Vaccination in Bombay 1924-1928 - 1924-1928
Year: 1924
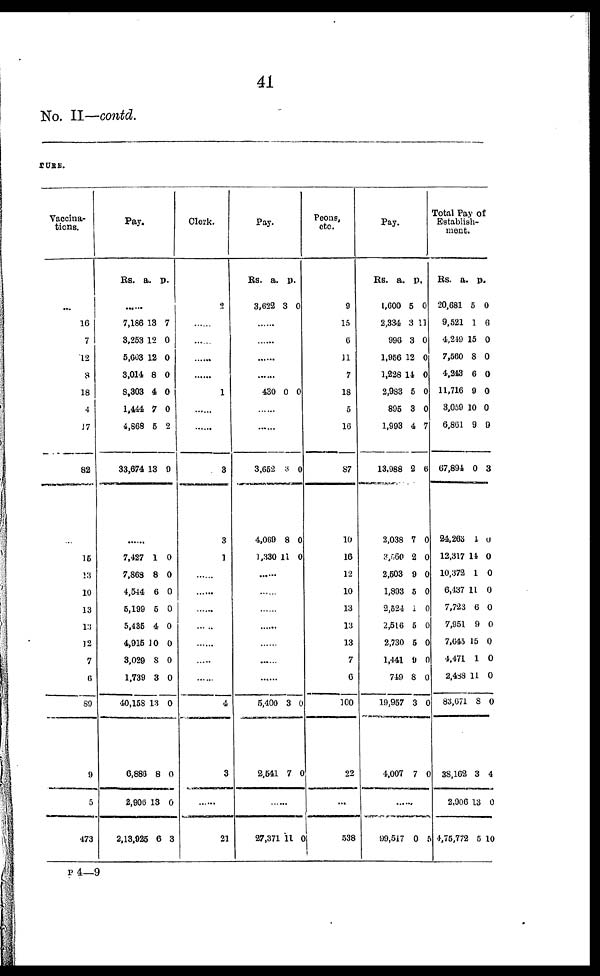
41
No. II—contd.
TURE.
Vaccina¬
tions.
...
16
7
12
8
18
4
17
82
......
16
13
10
13
13
12
7
6
89
9
5
473
Pay.
Rs.
a.
p.
......
7,186
3,253
5,603
3,014
8,303
1,444
4,868
33,674
13
12
12
8
4
7
5
13
7
0
0
0
0
0
2
9
......
7,427
7,868
4,544
5,199
5,435
4,015
3,029
1,739
40,158
6,886
2,906
2,13,925
1
8
6
5
4
10
8
3
13
8
13
6
0
0
0
0
0
0
0
0
0
0
0
3
Clerk.
2
......
......
......
......
1
......
......
3
3
1
......
......
......
......
......
......
......
4
3
......
21
Pay.
Rs.
3,622
a.
3
p.
0
......
......
......
......
430 0 0
......
......
3,652
4,069
1,330
3
8
11
0
0
0
......
......
......
......
......
......
5,400
2,541
3
7
0
0
......
27,371 11 0
Peons,
etc.
9
15
6
11
7
18
5
16
87
10
16
12
10
13
13
13
7
6
100
22
...
538
Pay.
Rs.
1,600
2,334
996
1,956
1,228
2,983
895
1,993
13,988
2,038
3,560
2,503
1,893
2,524
2,516
2,730
1,441
749
19,957
4,007
a.
5
3
3
12
14
5
3
4
2
7
2
9
5
1
5
5
9
8
3
7
p.
0
11
0
0
0
0
0
7
6
0
0
0
0
0
0
0
0
0
0
0
......
99,517 0 5
Total Pay of
Establish-
ment.
Rs.
20,681
9,521
4,249
7,560
4,243
11,716
3,059
6,861
67,894
24,263
12,317
10,372
6,437
7,723
7,951
7,645
4,471
2,488
83,671
38,162
2,906
4,75,772
a.
5
1
15
8
6
9
10
9
0
1
14
1
11
6
9
15
1
11
8
3
13
5
p.
0
6
0
0
0
0
0
9
3
0
0
0
0
0
0
0
0
0
0
4
0
10
P 4—9